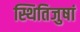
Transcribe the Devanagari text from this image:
स्थितिजुषां